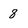
Character: 8